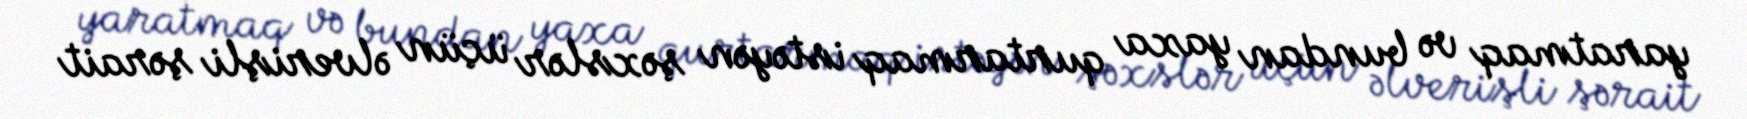
yaratmaq və bundan yaxa qurtarmaq istəyən şəxslər üçün əlverişli şərait